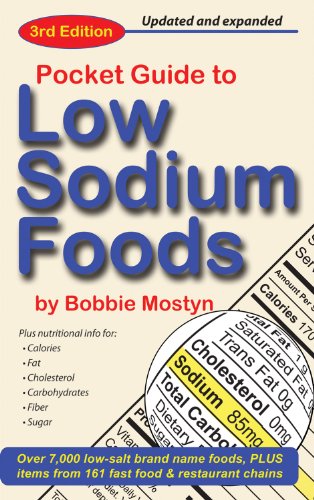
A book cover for Pocket Guide to Low Sodium Foods; Bobbie Mostyn; Reference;